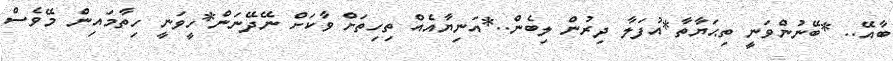
ބާއޭ.. *ބޭނުންވަނީ ތިޙަޔާތާ*އުފަލާ ދިރުން ލިބެން..*އަނިޔާއެއް ތިހިތަށް ވާކަށް ނޭދޭނަން*ހީވަނީ ހިތާމައިން މޭވެސް